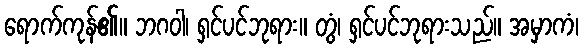
ရောက်ကုန်၏။ ဘဂဝါ၊ ရှင်ပင်ဘုရား။ တွံ၊ ရှင်ပင်ဘုရားသည်။ အမှာကံ၊